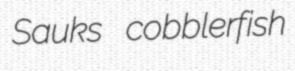
Sauks cobblerfish